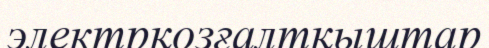
электрқозғалтқыштар